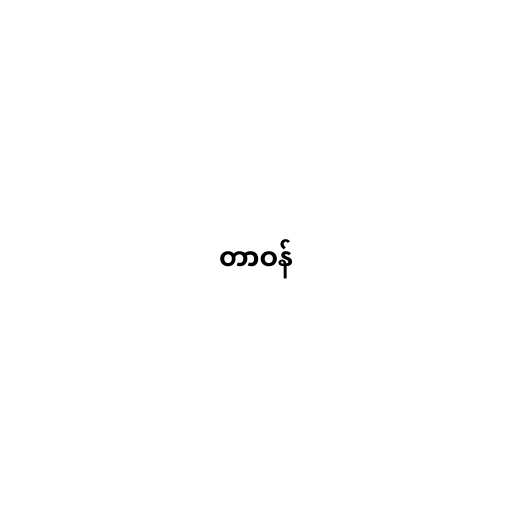
တာဝန်